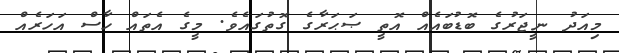
މިއަދު ނީޖަރުގެ ބޮޑުބައެއް އޮތީ ޞަޙަރާގެ ގޮތުގައެވެ. މީގެ އެތައް ހާސް އަހަރެއް